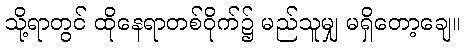
သို့ရာတွင် ထိုနေရာတစ်ဝိုက်၌ မည်သူမျှ မရှိတော့ချေ။